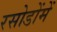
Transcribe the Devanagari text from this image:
रसोडोंमें